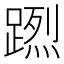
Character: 𨃻